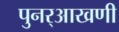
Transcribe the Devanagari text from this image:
पुनर्‌आखणी